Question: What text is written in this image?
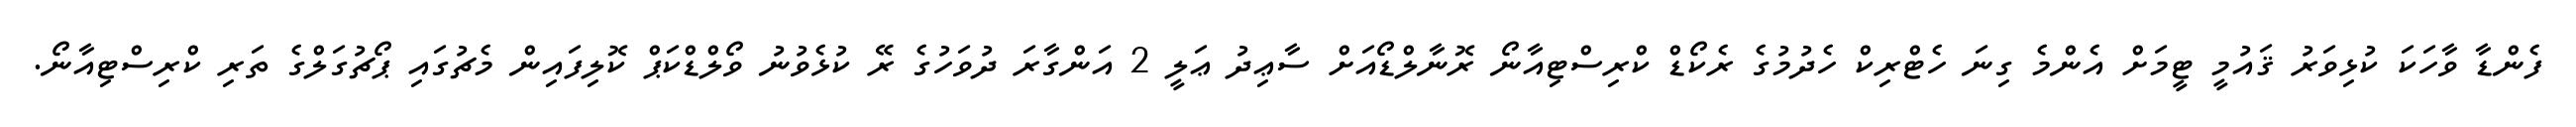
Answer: ފެންޑާ ވާހަކަ ކުޅިވަރު ޤައުމީ ޓީމަށް އެންމެ ގިނަ ހެޓްރިކް ހެދުމުގެ ރެކޯޑް ކްރިސްޓިއާނޯ ރޮނާލްޑޯއަށް ސާޢިދު ޢަލީ 2 އަންގާރަ ދުވަހުގެ ރޭ ކުޅެވުނު ވޯލްޑްކަޕް ކޮލިފައިން މެޗުގައި ޕޯޗުގަލްގެ ތަރި ކްރިސްޓިއާނޯ.